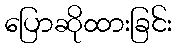
ပြောဆိုထားခြင်း